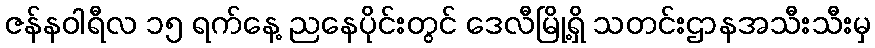
ဇန်နဝါရီလ ၁၅ ရက်နေ့ ညနေပိုင်းတွင် ဒေလီမြို့ရှိ သတင်းဌာနအသီးသီးမှ